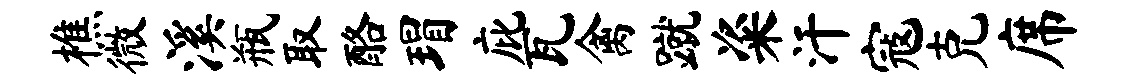
樵微溪瓶取酪瑁庇瓦禽蹴粢汗寇克席